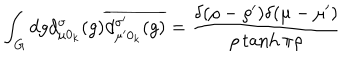
LaTeX: \int _ { G } d g d _ { \mu 0 _ { k } } ^ { \sigma } ( g ) \overline { { { d _ { \mu ^ { \prime } 0 _ { k } } ^ { \sigma ^ { \prime } } ( g ) } } } = \frac { \delta ( \rho - \rho ^ { \prime } ) \delta ( \mu - \mu ^ { \prime } ) } { \rho \tanh \pi \rho }